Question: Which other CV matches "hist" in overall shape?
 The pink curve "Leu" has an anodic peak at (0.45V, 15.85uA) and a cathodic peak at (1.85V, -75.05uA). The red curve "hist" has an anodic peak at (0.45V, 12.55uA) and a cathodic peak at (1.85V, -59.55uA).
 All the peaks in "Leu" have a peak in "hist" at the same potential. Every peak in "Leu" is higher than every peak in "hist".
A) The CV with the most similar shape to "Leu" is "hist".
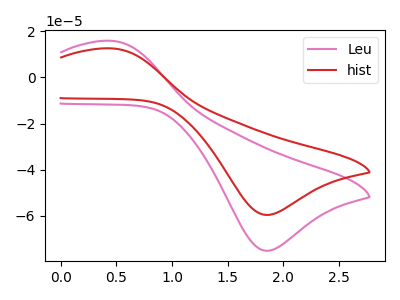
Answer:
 <answer>A) The CV with the most similar shape to "Leu" is "hist".</answer>
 <eval>A</eval>